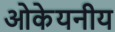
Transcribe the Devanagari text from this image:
ओकेयनीय